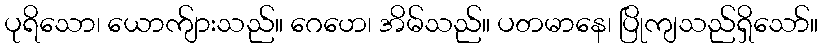
ပုရိသော၊ ယောက်ျားသည်။ ဂေဟေ၊ အိမ်သည်။ ပတမာနေ၊ ပြိုကျသည်ရှိသော်။